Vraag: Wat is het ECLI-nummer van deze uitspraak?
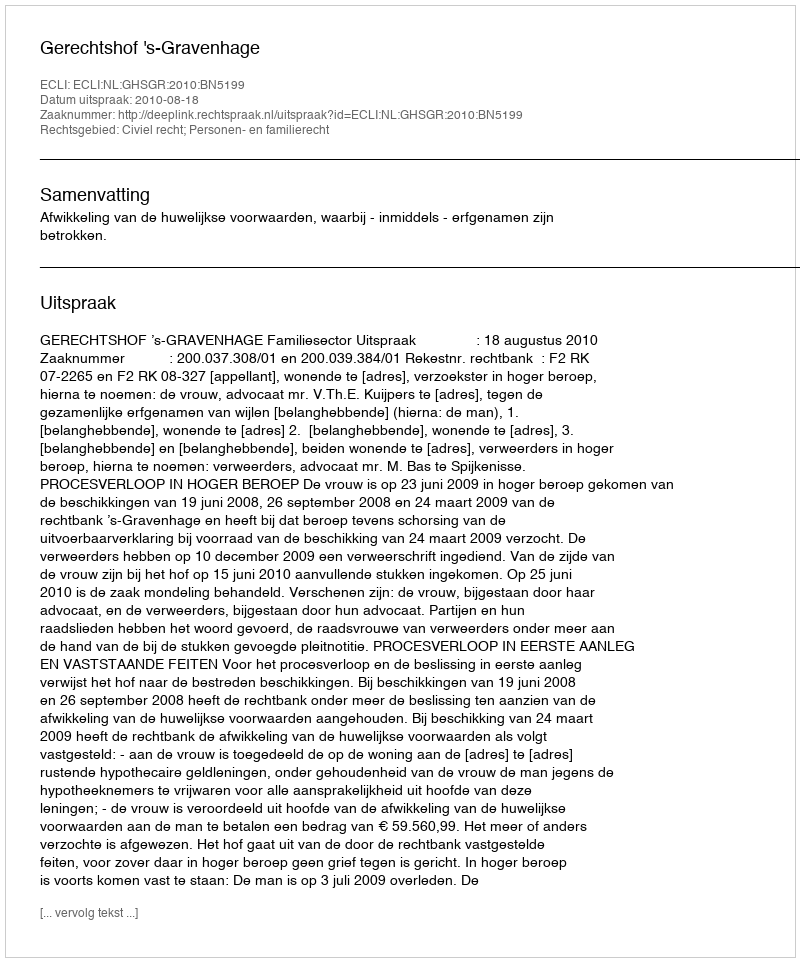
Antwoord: ECLI:NL:GHSGR:2010:BN5199